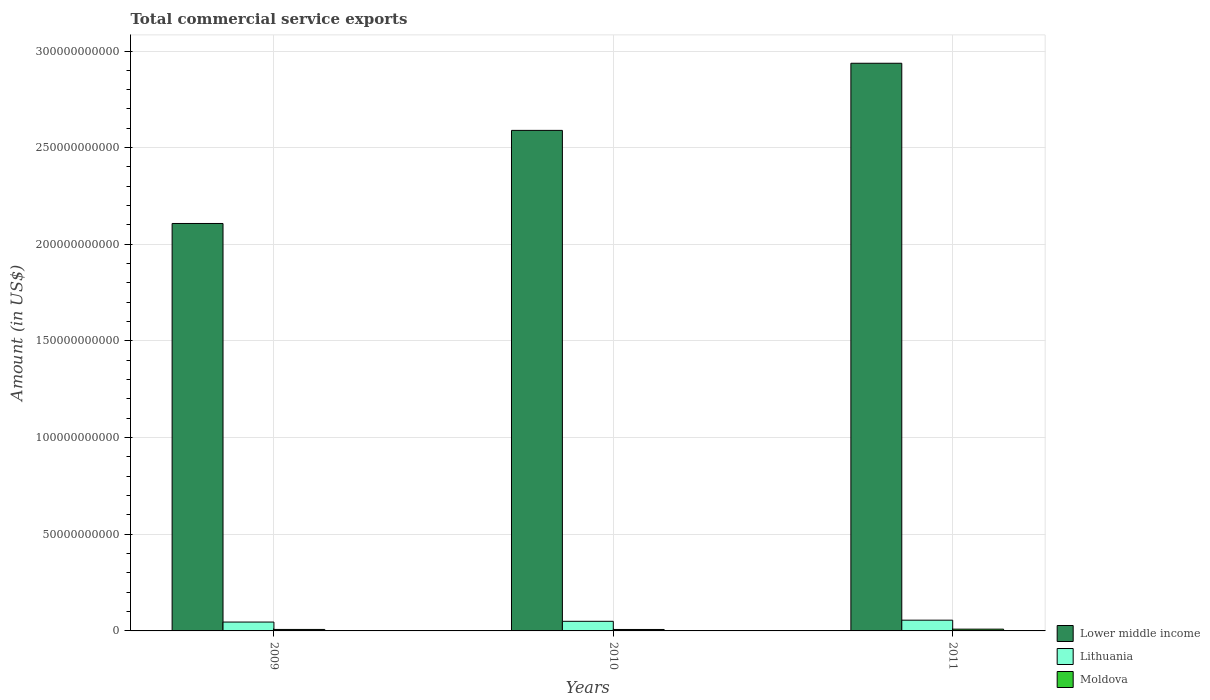
| Years | Lower middle income | Lithuania | Moldova |
 | --- | --- | --- | --- |
 | 2009 | 2.11e+11 | 4.59e+09 | 7.64e+08 |
 | 2010 | 2.59e+11 | 4.97e+09 | 7.45e+08 |
 | 2011 | 2.94e+11 | 5.55e+09 | 9.18e+08 |